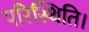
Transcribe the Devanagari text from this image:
परिस्थिति।